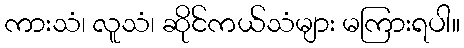
ကားသံ၊ လူသံ၊ ဆိုင်ကယ်သံများ မကြားရပါ။